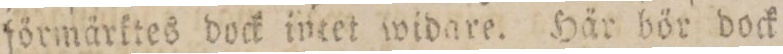
förmärktes dock intet widare. Här bör dock